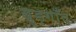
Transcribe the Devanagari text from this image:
बुड़गाँव